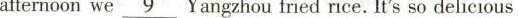
afternoonwe\underline{9}Yangzhou fried rice. It's so delicious